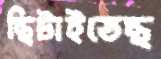
ছিটাইতেছ